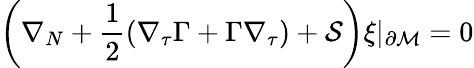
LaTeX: \left(\nabla_{N}+\frac 12(\nabla_{\tau}\Gamma+\Gamma\nabla_{\tau})+{\cal S}\right)\xi\vert_{\partial{\cal M}}=0